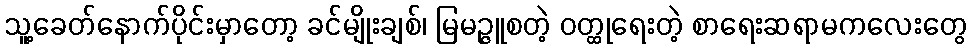
သူ့ခေတ်နောက်ပိုင်းမှာတော့ ခင်မျိုးချစ်၊ မြမဉ္ဇူစတဲ့ ဝတ္ထုရေးတဲ့ စာရေးဆရာမကလေးတွေ